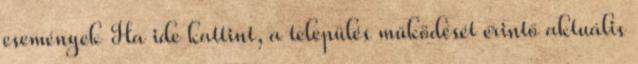
események Ha ide kattint, a település működését érintő aktuális